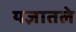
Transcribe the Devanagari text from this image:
यज्ञातले